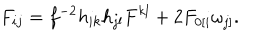
F _ { i j } = f ^ { - 2 } h _ { i k } h _ { j l } F ^ { k l } + 2 F _ { 0 [ i } \omega _ { j ] } .